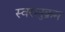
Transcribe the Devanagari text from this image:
स्वरानुक्रम